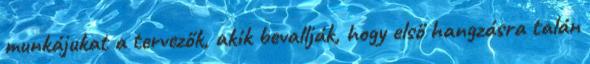
munkájukat a tervezők, akik bevallják, hogy első hangzásra talán